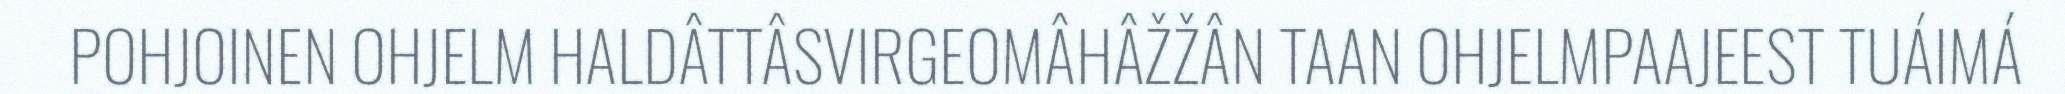
POHJOINEN OHJELM HALDÂTTÂSVIRGEOMÂHÂŽŽÂN TAAN OHJELMPAAJEEST TUÁIMÁ